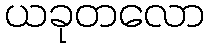
ယခုတလော